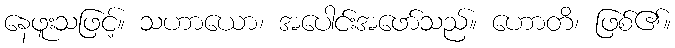
နေဖူးသဖြင့်။ သဟာယော၊ အပေါင်းအဖော်သည်။ ဟောတိ၊ ဖြစ်၏။